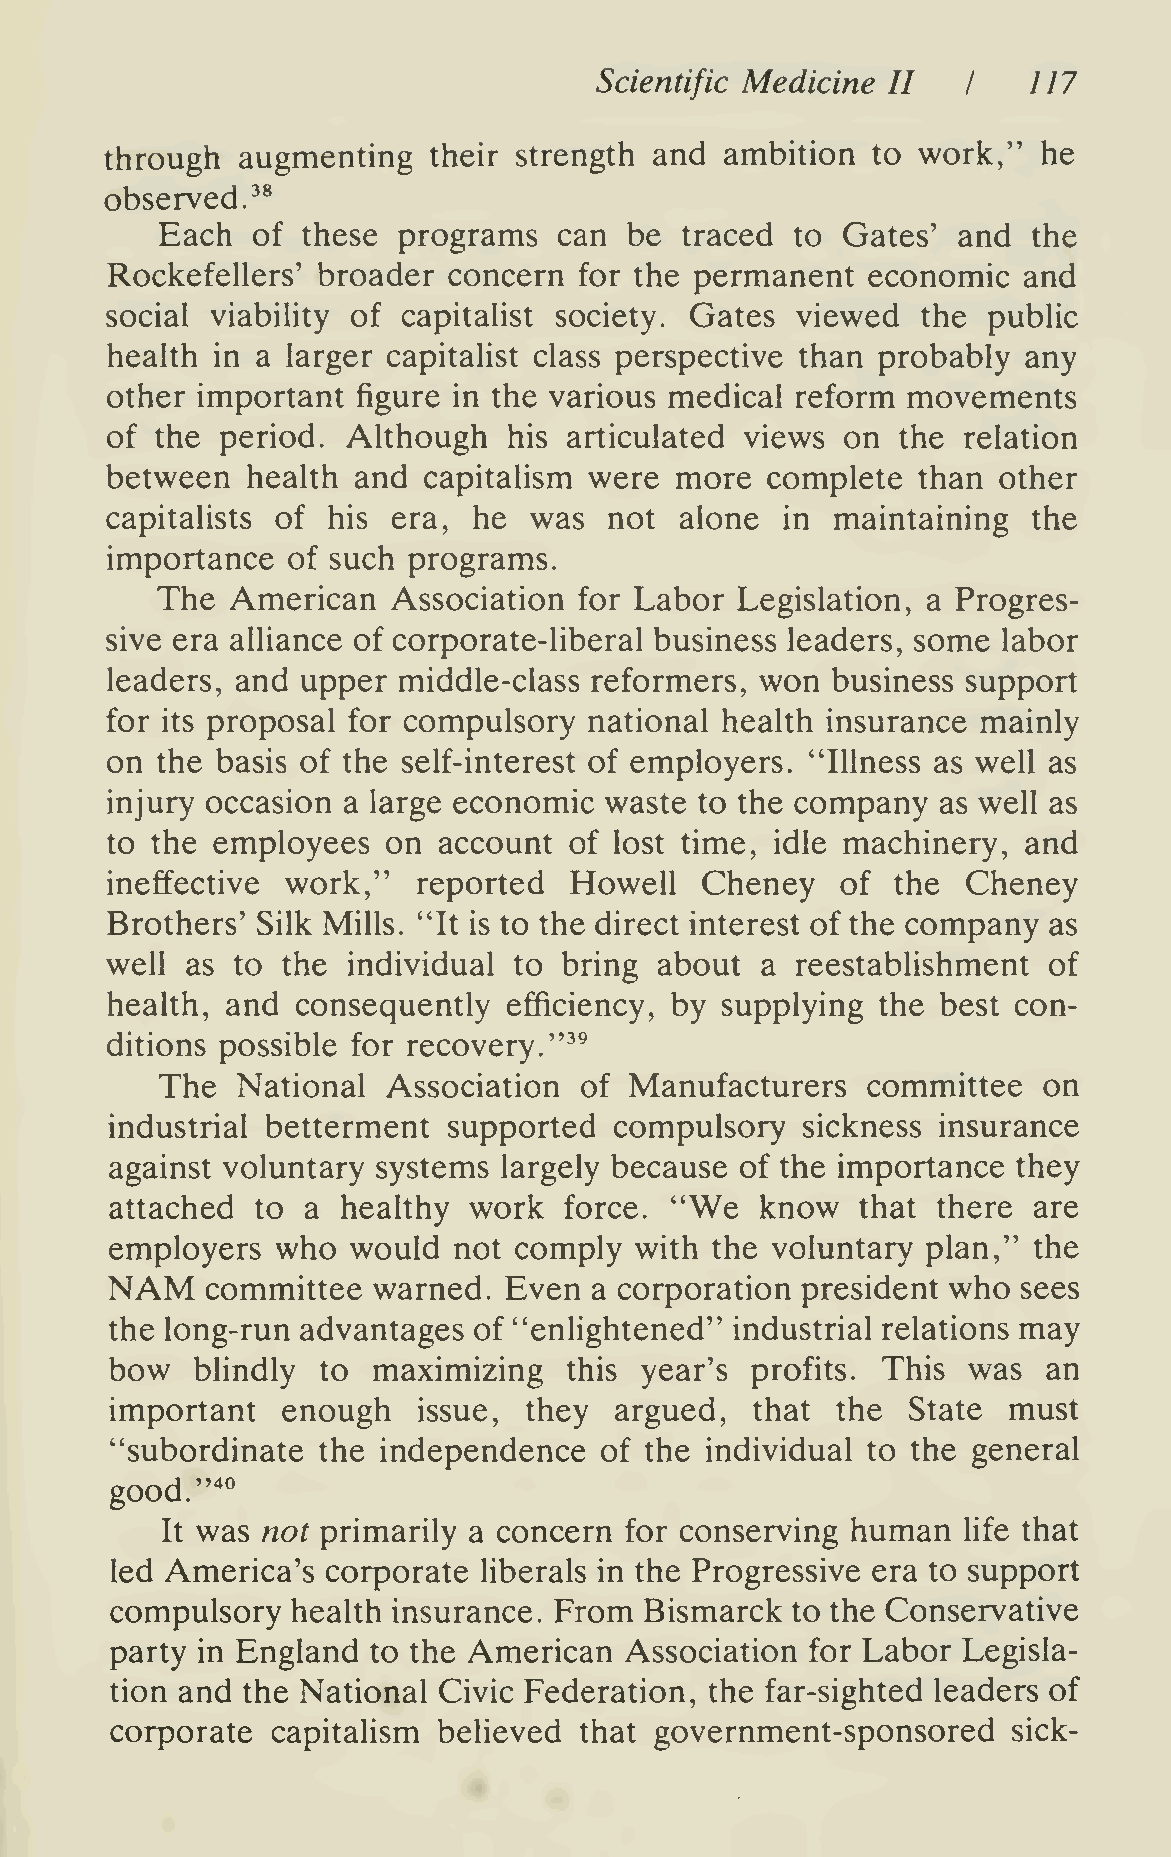
Scientific Medicine II       117
 I
 through  augmenting  their strength and  ambition  to work,"  he
 observed.^*
 Each  of these programs   can  be traced  to Gates' and  the
 Rockefellers' broader  concern for the permanent  economic   and
 social viability of capitalist society. Gates viewed  the public
 health in a larger capitalist class perspective than probably any
 other important  figure in the various medical reform movements
 of the  period. Although   his articulated views on the  relation
 between  health and  capitalism were  more  complete  than other
 capitalists of his era, he  was  not  alone  in maintaining  the
 importance  of such programs.
 The  American   Association for Labor  Legislation, a Progres-
 sive era alliance of corporate-liberal business leaders, some labor
 leaders, and upper middle-class reformers, won  business support
 for its proposal for compulsory national health insurance mainly
 on the basis of the self-interest of employers. "Illness as well as
 injury occasion a large economic waste to the company  as well as
 to the employees   on account  of lost time, idle machinery, and
 ineffective work,"   reported  Howell  Cheney    of the  Cheney
 Brothers' Silk Mills. "It is to the direct interest of the company as
 well as to  the individual to bring  about a  reestablishment of
 health, and  consequently  efficiency, by supplying the best con-
 "^^
 ditions possible for recovery.
 The  National  Association of  Manufacturers  committee   on
 industrial betterment  supported  compulsory  sickness insurance
 against voluntary systems largely because of the importance they
 attached  to a  healthy work  force. "We   know   that there are
 employers  who  would  not comply  with the voluntary plan," the
 NAM
 committee  warned. Even  a corporation president who  sees
 the long-run advantages of "enhghtened"   industrial relations may
 bow   blindly to  maximizing   this year's profits. This was  an
 important   enough   issue, they  argued,  that the  State  must
 "subordinate  the independence   of the individual to the general
 good.'"*^
 It was not primarily a concern for conserving human  life that
 led America's  corporate liberals in the Progressive era to support
 compulsory  health insurance. From  Bismarck to the Conservative
 party in England  to the American Association  for Labor Legisla-
 tion and the National Civic Federation, the far-sighted leaders of
 corporate  capitalism believed that government-sponsored    sick-